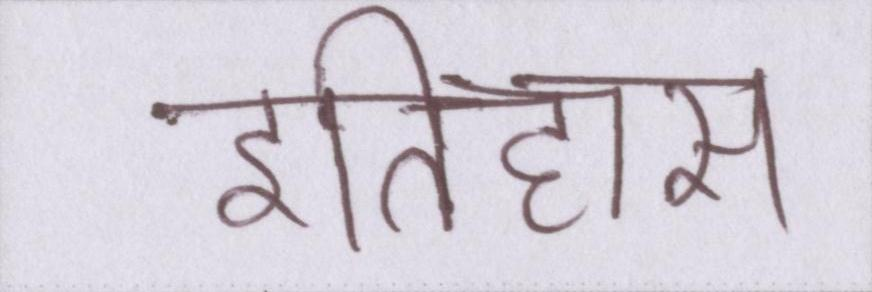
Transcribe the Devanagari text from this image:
इतिहास